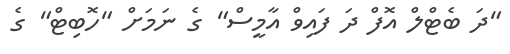
"ދަ ބެޓްލް އޮފް ދަ ފައިވް އާމީސް" ގެ ނަމަށް "ހޮބިޓް" ގެ